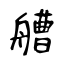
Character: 艚